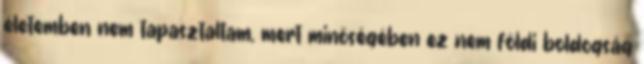
életemben nem tapasztaltam, mert minőségében ez nem földi boldogság